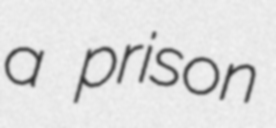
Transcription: a prison